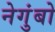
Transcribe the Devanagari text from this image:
नेगुंबो